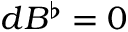
d B ^ { \flat } = 0